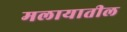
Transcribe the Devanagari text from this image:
मलायातील